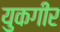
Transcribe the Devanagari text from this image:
युकगीर